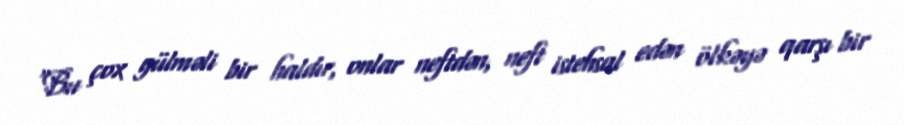
“Bu çox gülməli bir haldır, onlar neftdən, neft istehsal edən ölkəyə qarşı bir